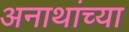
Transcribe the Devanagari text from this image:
अनाथांच्या